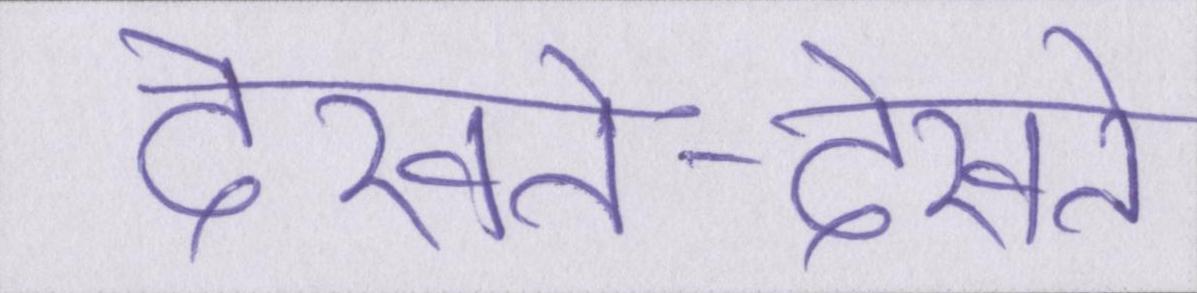
देखते-देखते